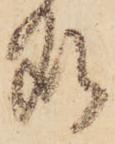
処